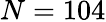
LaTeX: N=104